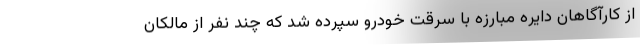
از کارآگاهان دایره مبارزه با سرقت خودرو سپرده شد که چند نفر از مالکان